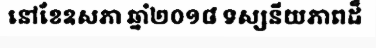
នៅខែឧសភា ឆ្នាំ២០១៨ ទស្សនីយភាពដ៏